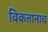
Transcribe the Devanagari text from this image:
विकतानाच